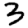
Digit: 3